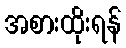
အစားထိုးရန်